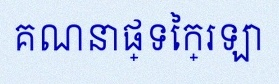
គណនាផ្ទៃក្រឡា